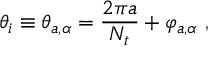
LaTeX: \theta _ { i } \equiv \theta _ { a , \alpha } = { \frac { 2 \pi a } { N _ { t } } } + \varphi _ { a , \alpha } ~ ,